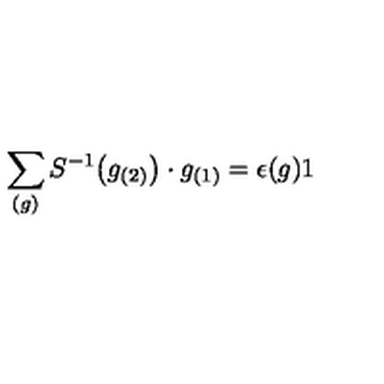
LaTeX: \sum _ { ( g ) } S ^ { - 1 } \big ( g _ { ( 2 ) } \big ) \cdot g _ { ( 1 ) } = \epsilon ( g ) 1